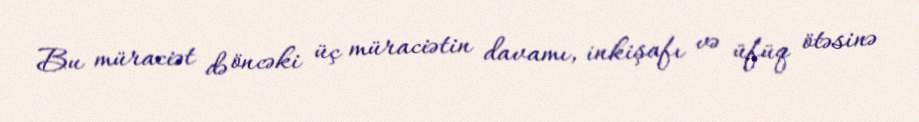
Bu müraciət də öncəki üç müraciətin davamı, inkişafı və üfüq ötəsinə